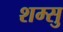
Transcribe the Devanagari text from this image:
शम्सु